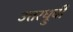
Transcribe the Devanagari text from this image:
उत्तरध्रुवी